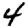
Digit: 4